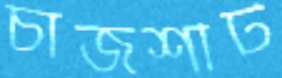
চার্জশীট